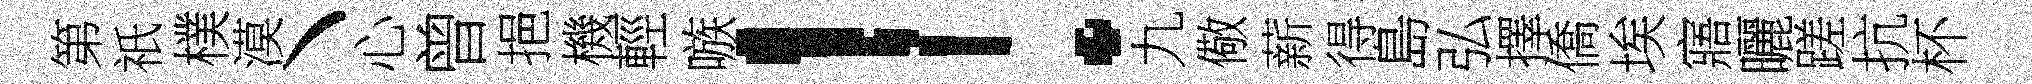
第祇樸漠丶心曾挹機輕嗾！九儆薪得島弘擇僑埃寤曬蹉抗杯